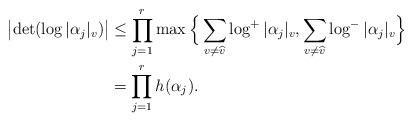
LaTeX: \begin{align*}\bigl| \det(\log |\alpha_j|_v)\bigr| &\le \prod_{j = 1}^r \max\Big\{\sum_{v \not= \widehat{v}} \log^+ |\alpha_j|_v, \sum_{v \not= \widehat{v}} \log^- |\alpha_j|_v\Big\}\\ &= \prod_{j = 1}^r h(\alpha_j).\end{align*}